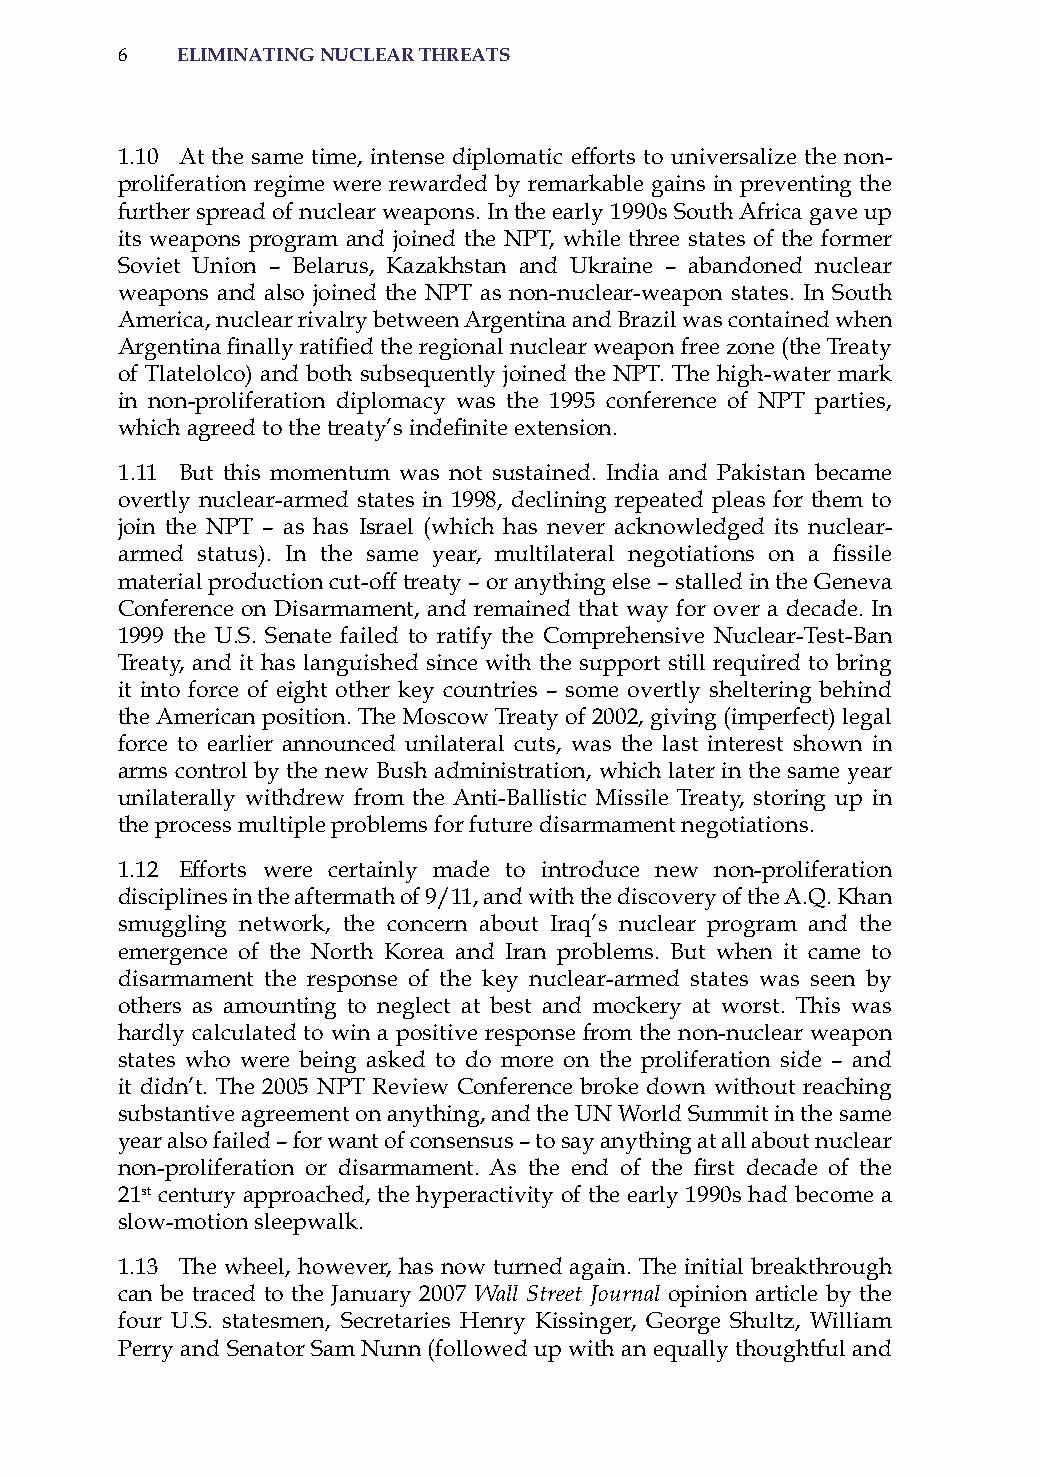
6   eliminatinG nuclear threats
 1.10 at the same time, intense diplomatic efforts to universalize the non-
 proliferation regime were rewarded by remarkable gains in preventing the
 further spread of nuclear weapons. in the early 1990s south africa gave up
 its weapons program and joined the NPT, while three states of the former
 soviet Union – Belarus, Kazakhstan and Ukraine – abandoned nuclear
 weapons and also joined the NPT as non-nuclear-weapon states. in south
 america, nuclear rivalry between argentina and Brazil was contained when
 Argentina finally ratified the regional nuclear weapon free zone (the Treaty
 of Tlatelolco) and both subsequently joined the NPT. The high-water mark
 in non-proliferation diplomacy was the 1995 conference of NPT parties,
 which agreed to the treaty’s indefinite extension.
 1.11 But this momentum was not sustained. india and Pakistan became
 overtly nuclear-armed states in 1998, declining repeated pleas for them to
 join the NPT – as has israel (which has never acknowledged its nuclear-
 armed status). In the same year, multilateral negotiations on a fissile
 material production cut-off treaty – or anything else – stalled in the Geneva
 Conference on Disarmament, and remained that way for over a decade. in
 1999 the U.s. senate failed to ratify the Comprehensive Nuclear-Test-Ban
 Treaty, and it has languished since with the support still required to bring
 it into force of eight other key countries – some overtly sheltering behind
 the american position. The Moscow Treaty of 2002, giving (imperfect) legal
 force to earlier announced unilateral cuts, was the last interest shown in
 arms control by the new Bush administration, which later in the same year
 unilaterally withdrew from the anti-Ballistic Missile Treaty, storing up in
 the process multiple problems for future disarmament negotiations.
 1.12 Efforts were certainly made to introduce new non-proliferation
 disciplines in the aftermath of 9/11, and with the discovery of the a.Q. Khan
 smuggling network, the concern about iraq’s nuclear program and the
 emergence of the North Korea and iran problems. But when it came to
 disarmament the response of the key nuclear-armed states was seen by
 others as amounting to neglect at best and mockery at worst. This was
 hardly calculated to win a positive response from the non-nuclear weapon
 states who were being asked to do more on the proliferation side – and
 it didn’t. The 2005 NPT review Conference broke down without reaching
 substantive agreement on anything, and the UN World summit in the same
 year also failed – for want of consensus – to say anything at all about nuclear
 non-proliferation or disarmament. As the end of the first decade of the
 21st century approached, the hyperactivity of the early 1990s had become a
 slow-motion sleepwalk.
 1.13 The wheel, however, has now turned again. The initial breakthrough
 can be traced to the January 2007 Wall Street Journal opinion article by the
 four U.s. statesmen, secretaries henry Kissinger, George shultz, William
 Perry and senator sam Nunn (followed up with an equally thoughtful and